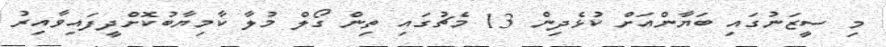
މި ސީޒަނުގައި ބަޔާންއަށް ކުޅެދިން 13 މެޗުގައި ތިން ގޯލް މުލާ ކާމިޔާބުކޮށްދީފައިވާއިރު